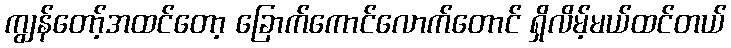
ကျွန်တော့်အထင်တော့ ခြောက်ကောင်လောက်တောင် ရှိလိမ့်မယ်ထင်တယ်